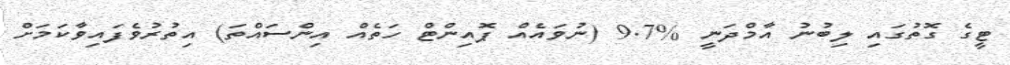
ޓީގެ ގޮތުގައި ލިބުނު އާމްދަނީ %9.7 (ނުވައެއް ޕޮއިންޓް ހަތެއް އިންސައްތަ) އިތުރުވެފައިވާކަމަށް